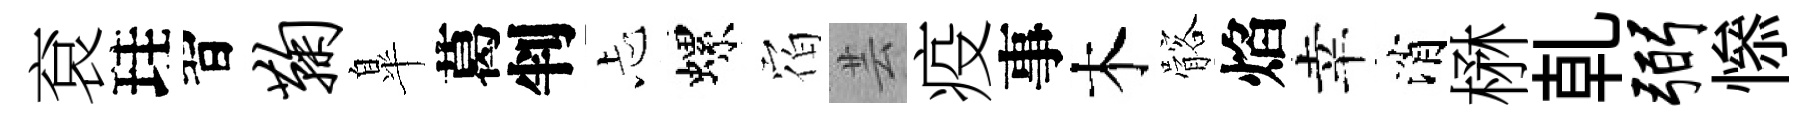
袞珪習鞠臯葛判忐螺𪧐芸疫事木髂焰幸消楙乹弼𢡖